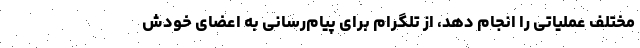
مختلف عملیاتی را انجام دهد، از تلگرام برای پیام‌رسانی به اعضای خودش